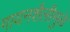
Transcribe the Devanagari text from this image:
गायनशैलीमुळे